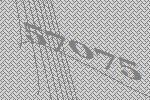
57075